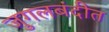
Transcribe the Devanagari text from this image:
जुगलबंदीत